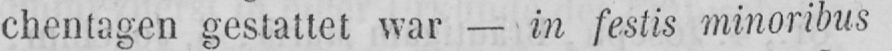
chentagen gestattet war - in festis minoribus